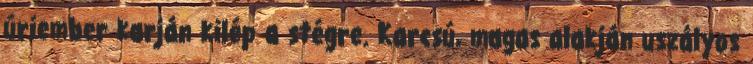
úriember karján kilép a stégre. Karcsú, magas alakján uszályos